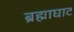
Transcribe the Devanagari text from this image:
ब्रह्माघाट